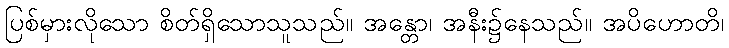
ပြစ်မှားလိုသော စိတ်ရှိသောသူသည်။ အန္တော၊ အနီး၌နေသည်။ အပိဟောတိ၊